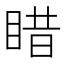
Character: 𥈣